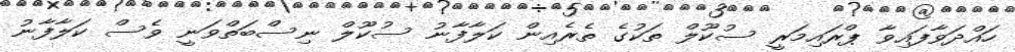
ހައްދަވާފައިވާ ޕްރައިމަރީ ސުކޫލް ތަކުގެ ތެރެއިން ކަލާފާނު ސުކޫލް ނިސްބަތްވަނީ ވެސް ކަލާފާނު